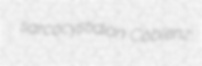
sarcocystidian Coblenz